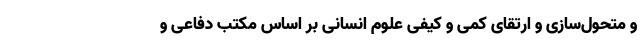
و متحول­سازی و ارتقای کمّی و کیفی علوم انسانی بر اساس مکتب دفاعی و